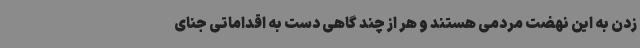
زدن به این نهضت مردمی هستند و هر از چند گاهی دست به اقداماتی جنای